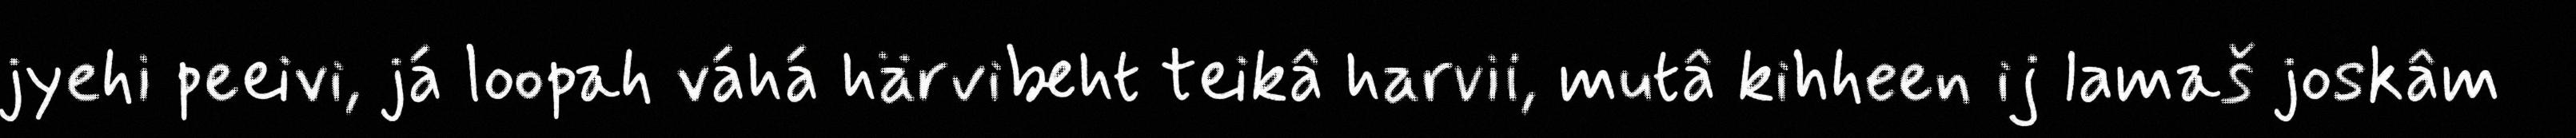
jyehi peeivi, já loopah váhá härvibeht teikâ harvii, mutâ kihheen ij lamaš joskâm